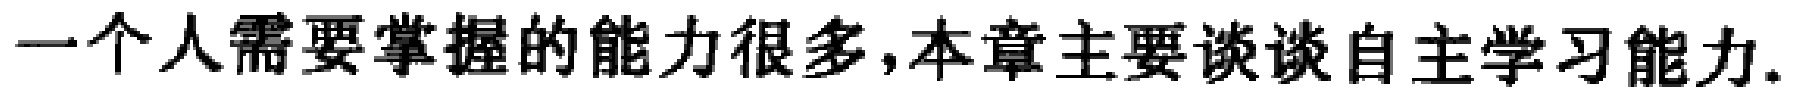
一个人需要掌握的能力很多,本章主要谈谈自主学习能力.